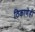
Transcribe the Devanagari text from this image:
ठिकाणेही